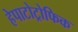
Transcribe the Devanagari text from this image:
हेपाटोट्रोफिक